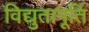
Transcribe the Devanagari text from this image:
विद्युतापूर्ति